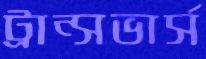
ট্রান্সভার্স